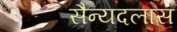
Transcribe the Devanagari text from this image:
सैन्यदलास